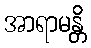
အာရာမန္တိ